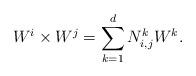
LaTeX: \begin{align*}W^i\times W^j=\sum_{k=1}^dN_{i,j}^kW^k.\end{align*}